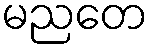
မညတေ